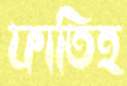
ফাতিহ